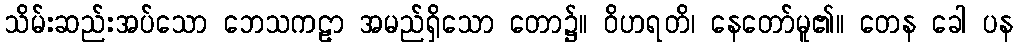
သိမ်းဆည်းအပ်သော ဘေသကဠာ အမည်ရှိသော တော၌။ ဝိဟရတိ၊ နေတော်မူ၏။ တေန ခေါ ပန